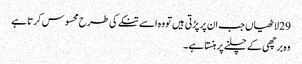
29 لاٹھیاں جب ان پر پڑتی ہیں تو وہ اسے تنکے کی طرح محسوس کرتا ہے
وہ برچھی کے چلنے پر ہنستا ہے۔